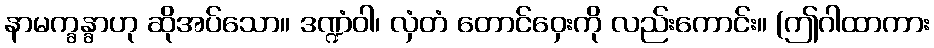
နာမက္ခန္ခာဟု ဆိုအပ်သော။ ဒဏ္ဍံဝါ၊ လှံတံ တောင်ဝှေးကို လည်းကောင်း။ (ဤဂါထာကား